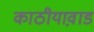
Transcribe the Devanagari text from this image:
काठीयाव़ाड